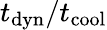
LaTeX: t_{\mathrm{dyn}}/t_{\mathrm{cool}}